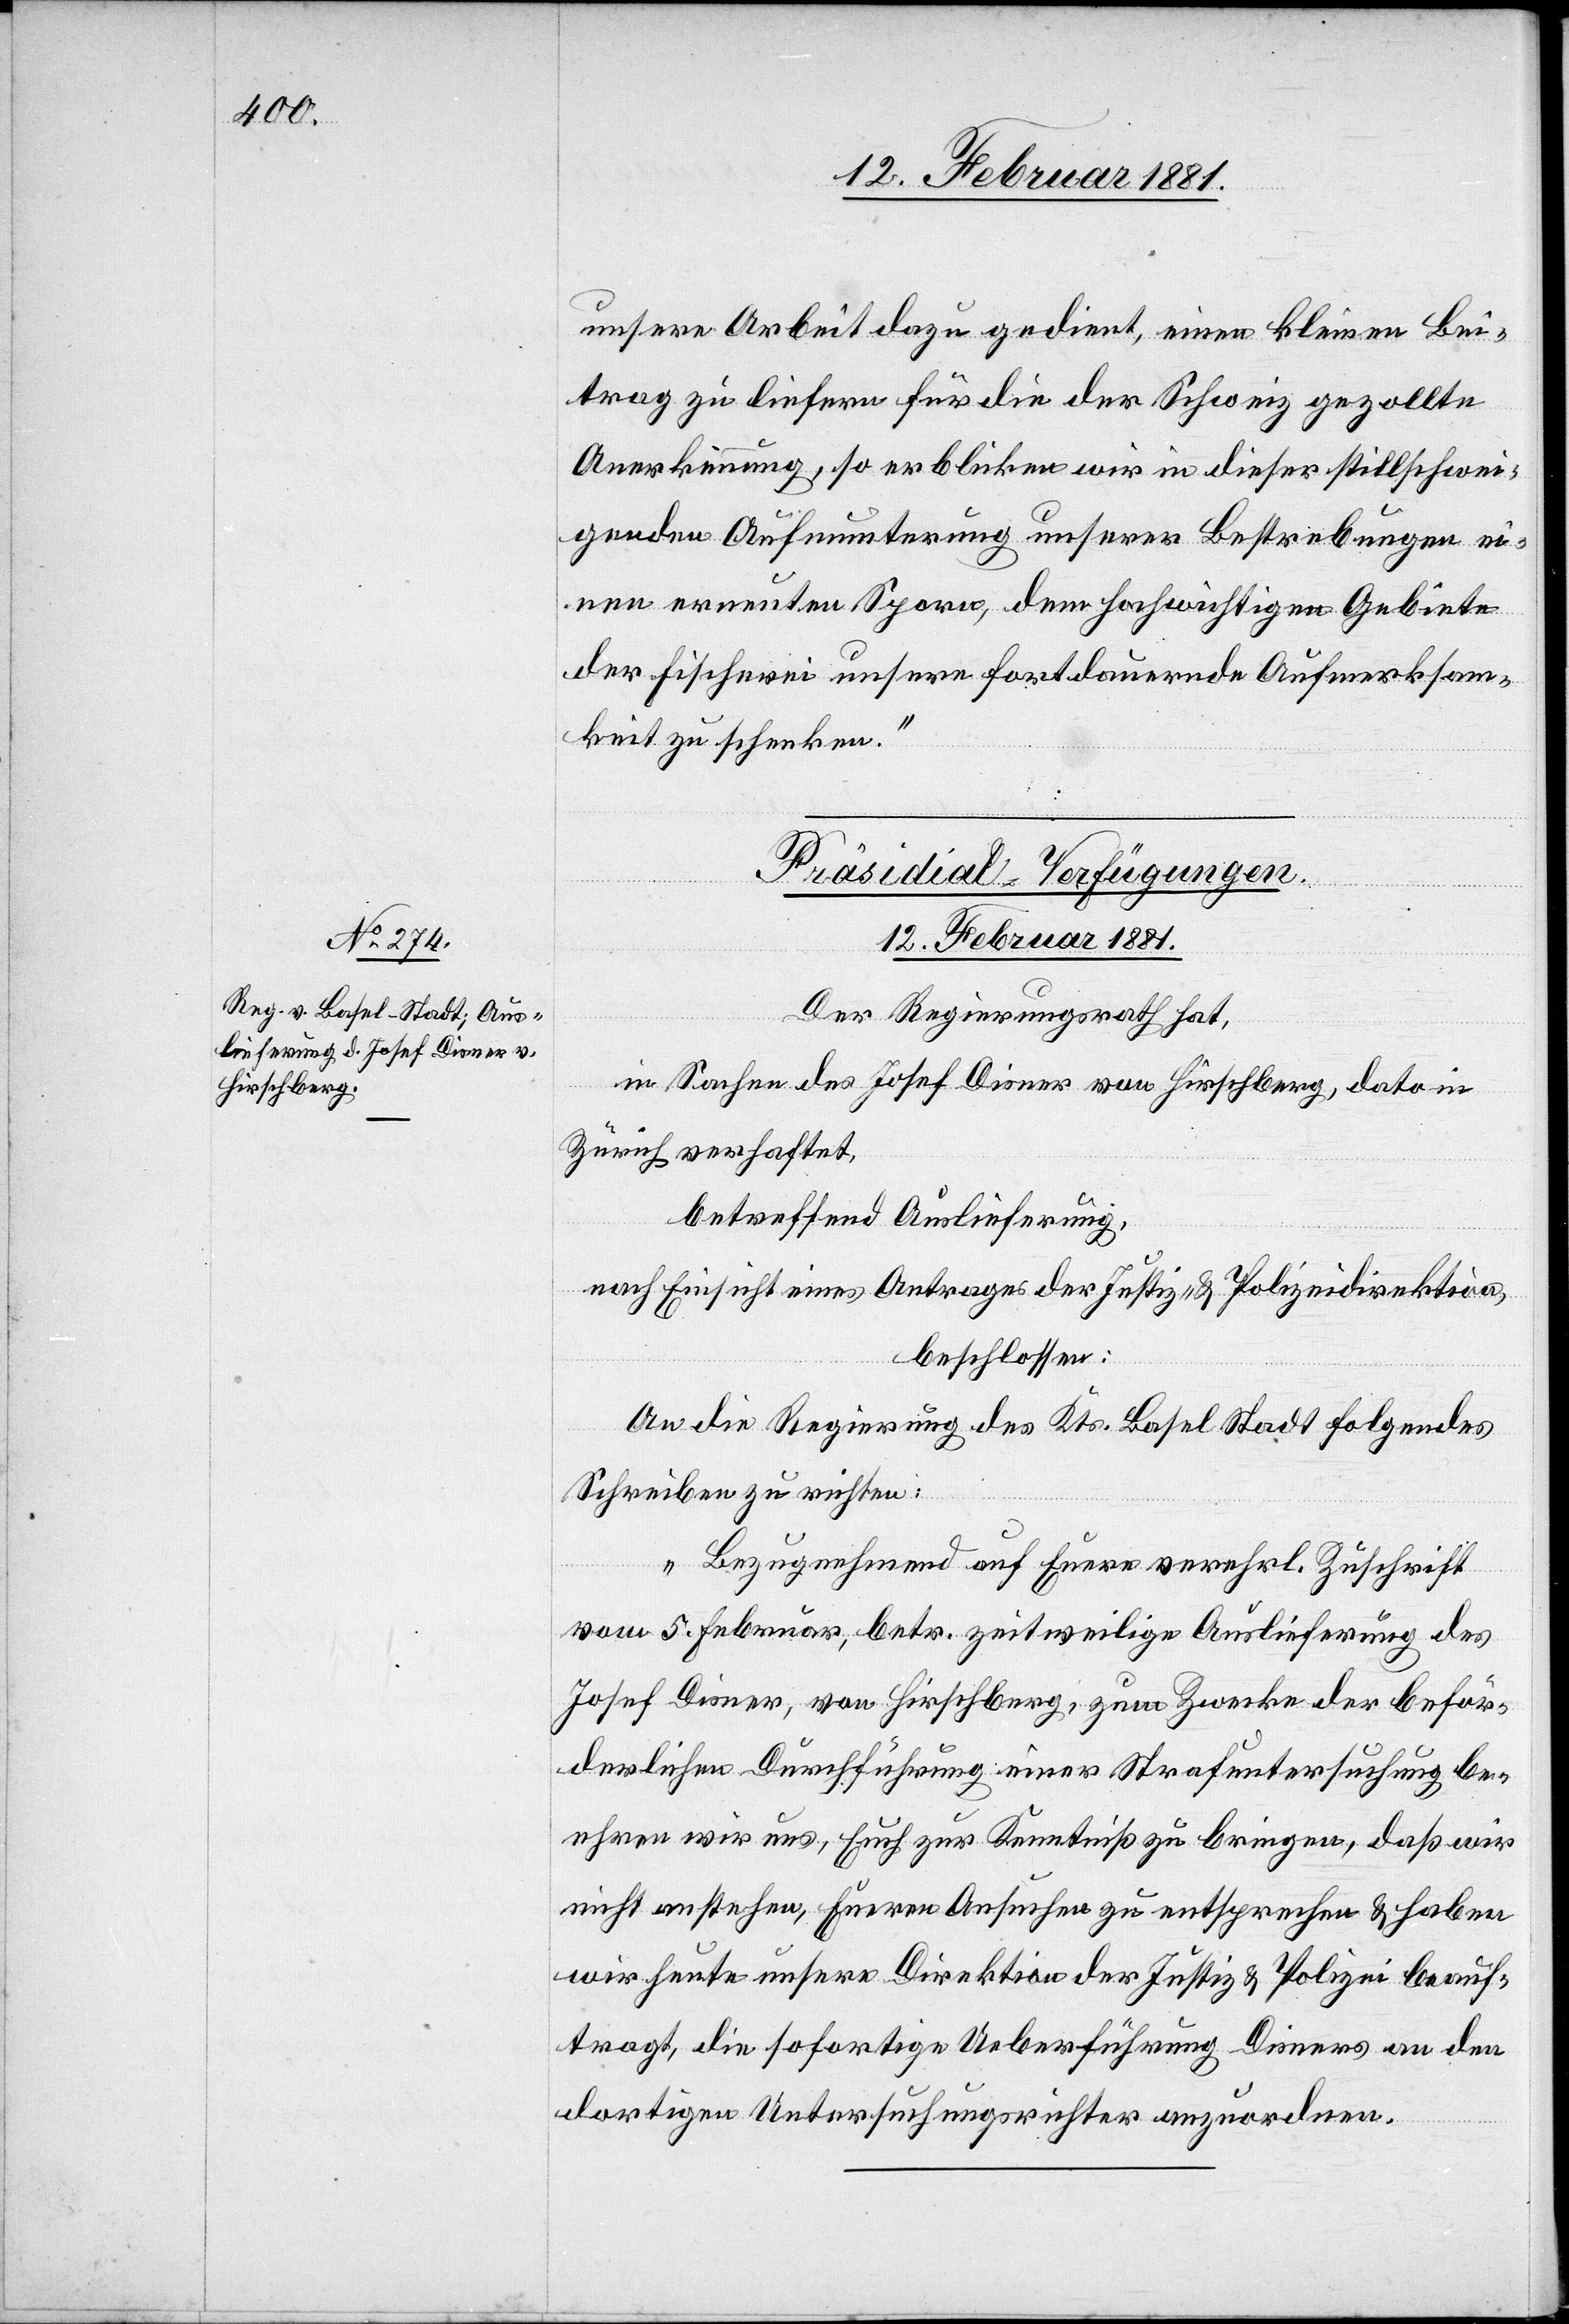
unsere Arbeit dazu gedient, einen kleinen Bei¬
trag zu liefern für die der Schweiz gezollte
Anerkennung, so erblicken wir in dieser stillschwei¬
genden Aufmunterung unserer Bestrebungen ei¬
nen erneuten Sporn, dem hochwichtigen Gebiete
der Fischerei unsere fortdauernde Aufmerksam¬
keit zu schenken.“
Präsidial-Verfügungen.
12. Februar 1881.
Der Regierungsrath hat,
in Sachen des Josef Disner von Hirschberg, dato in
Zürich verhaftet,
betreffend Auslieferung,
nach Einsicht eines Antrages der Justiz- & Polizeidirektion,
beschlossen:
An die Regierung des Kts. Basel Stadt folgendes
Schreiben zu richten:
„Bezugnehmend auf Euere verehrl. Zuschrift
vom 5. Februar, betr. zeitweilige Auslieferung des
Josef Disner, von Hirschberg, zum Zwecke der beför¬
derlichen Durchführung einer Strafuntersuchung be¬
ehren wir uns, Euch zur Kenntniß zu bringen, daß wir
nicht anstehen, Eueren Ansuchen zu entsprechen & haben
wir heute unsere Direktion der Justiz und Polizei beauf¬
tragt, die sofortige Ueberführung Disners an den
dortigen Untersuchungsrichter anzuordnen.“